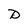
Character: D